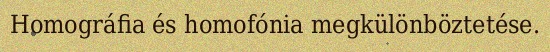
Homográfia és homofónia megkülönböztetése.